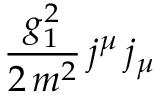
{ \frac { g _ { 1 } ^ { 2 } } { 2 \, m ^ { 2 } } } \, j ^ { \mu } \, j _ { \mu }